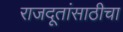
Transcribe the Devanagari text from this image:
राजदूतांसाठीचा